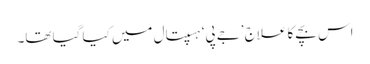
اس بچے کا علاج ’جے پی‘ ہسپتال میں کیا گیا تھا۔